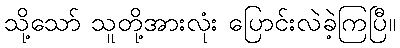
သို့သော် သူတို့အားလုံး ပြောင်းလဲခဲ့ကြပြီ။